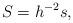
LaTeX: \begin{align*}S=h^{-2}s,\end{align*}